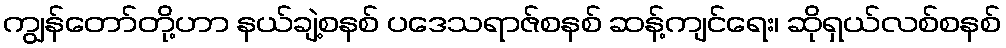
ကျွန်တော်တို့ဟာ နယ်ချဲ့စနစ် ပဒေသရာဇ်စနစ် ဆန့်ကျင်ရေး၊ ဆိုရှယ်လစ်စနစ်